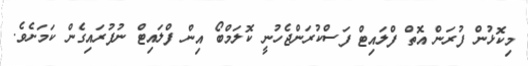
މިކޮޅުން ފުރަން އޮތް ފްލައިޓް ފަސްކުރަންޖެހުނީ ކޮލަމްބޯ އިން ފްލައިޓް ނުފުރައިގެން ކަމަށެވެ.